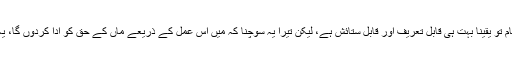
واقعی تیرا کام تو یقینا بہت ہی قابل تعریف اور قابل ستائش ہے، لیکن تیرا یہ سوچنا کہ میں اس عمل کے ذریعے ماں کے حق کو ادا کردوں گا، یہ ممکن نہیں۔